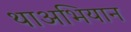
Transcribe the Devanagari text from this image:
थाअभियान